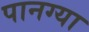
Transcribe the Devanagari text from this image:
पानग्या